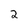
Character: 2